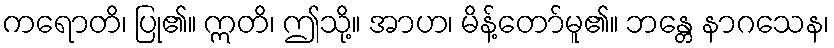
ကရောတိ၊ ပြု၏။ ဣတိ၊ ဤသို့။ အာဟ၊ မိန့်တော်မူ၏။ ဘန္တေ နာဂသေန၊